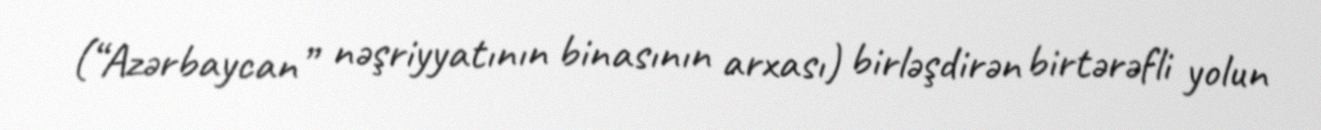
(“Azərbaycan” nəşriyyatının binasının arxası) birləşdirən birtərəfli yolun